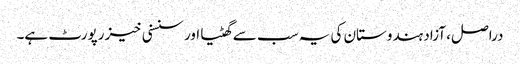
دراصل، آزاد ہندوستان کی یہ سب سے گھٹیا اور سنسنی خیز رپورٹ ہے۔